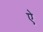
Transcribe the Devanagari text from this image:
एे